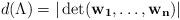
LaTeX: \begin{align*}d(\Lambda) = | \det (\mathbf{w_1}, \dots, \mathbf{w_n}) |\end{align*}